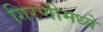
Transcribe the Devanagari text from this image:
गिरणीमध्ये